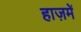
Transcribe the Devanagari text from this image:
हाज़में